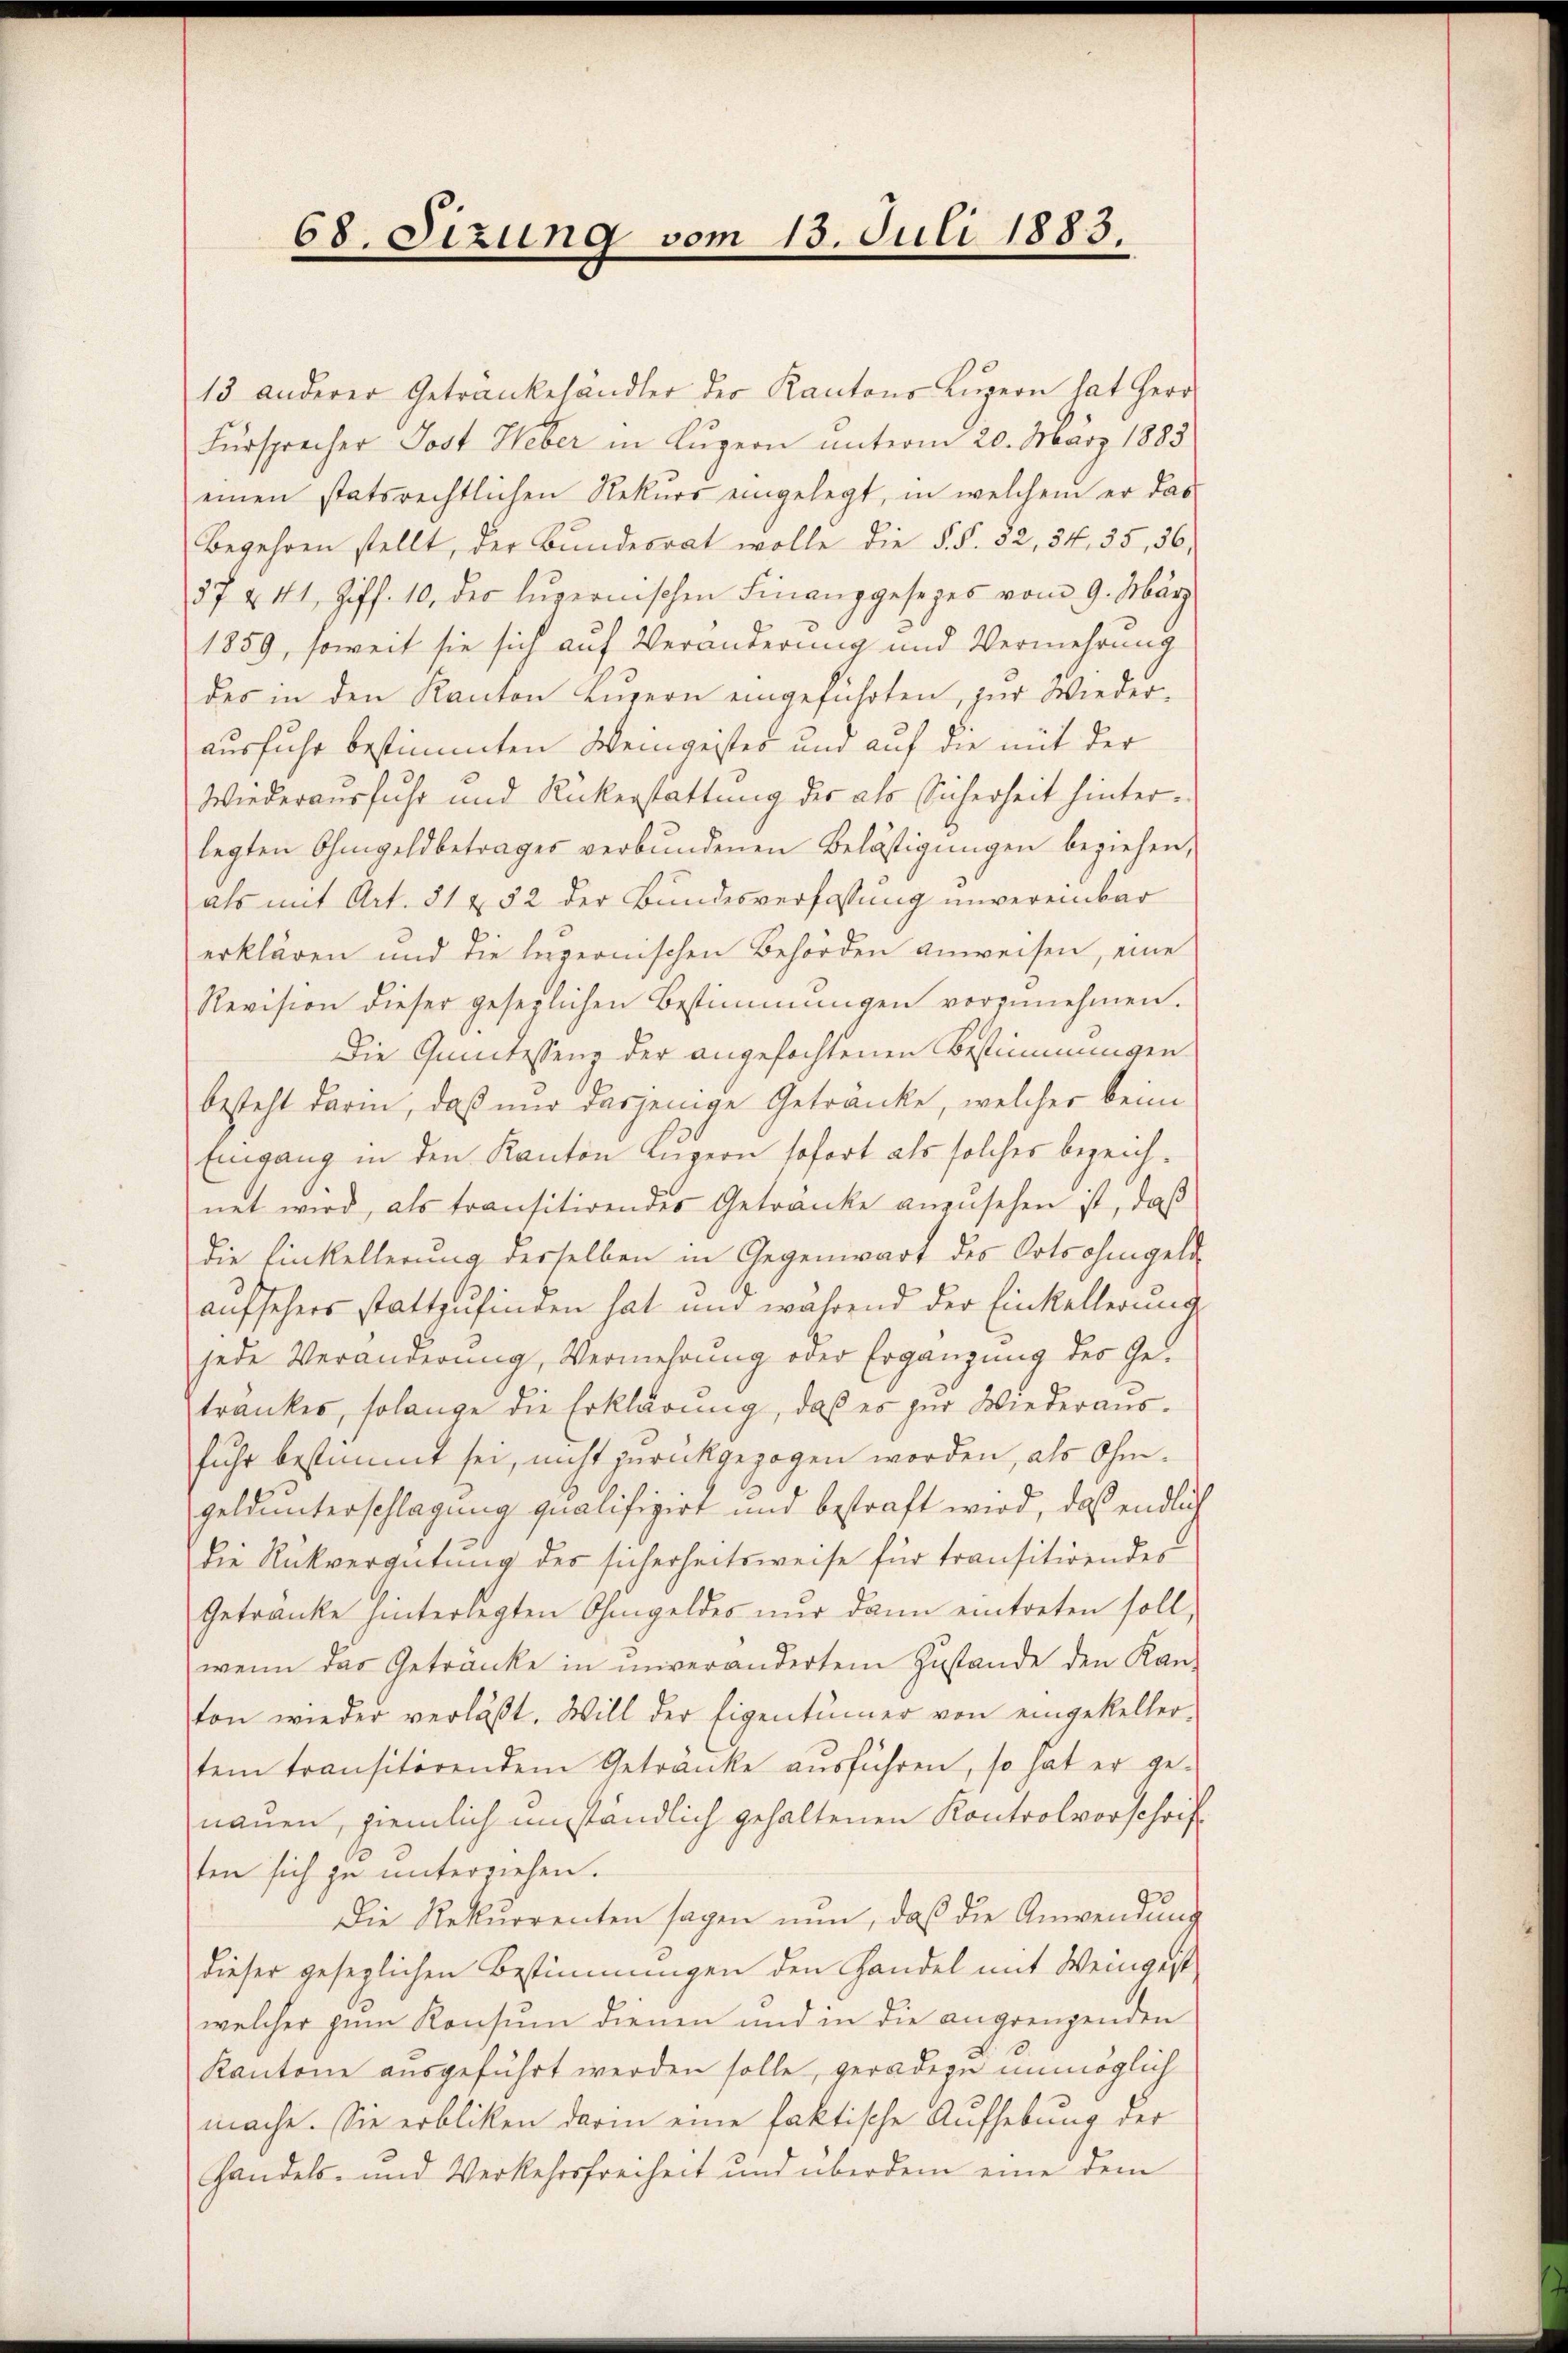
68. Sizung vom 13. Juli 1883.

13 anderer Getrankehändler der Kantons Lŭzern hat Herr
Fürsprecher Jost Heber in Luzern unterm 20. März 1883
einen statsrechtlichen Rekŭrs eingelegt, in welchem er das
Begehren stellt, der Bundesrat wolle die §. §. 82, 34, 35, 36,
37 & 41 Ziff. 10. der lŭpernischen Finanzgesezes vom 9. März
1859, soweit sie sich auf Veränderung und Vermehrung
des in den Kanton Luzern eingeführten, zur Wieder-
ausfuhr bestimmten Weingeistes und auf die mit der
Wiederausfuhr und Rückerstattung der als Sicherheit hinterlegten Ohmgeldbetrages verbundenen Belästigungen beziehen,
als mit Art. 31 § 52 der Bundesverfassung unvereinbar
erklären und die legernischen Behörden anweisen, eine
Revision dieser gesezlichen Bestimmungen vorzŭnehmen.
Die Quictessene der angefochtenen Bestimmungen
besteht darin, daß nur dasjenige Getränke, welcher kein
Eingang in den Kanton Luzern sofort als solches bezeichnet wird, als transitirendes Getränke anzŭsehen ist, daß
die Einkellerung derselben in Gegenwart des Ortsohingeld
aufsehers stattzufinden hat und während der Einkellerung
jede Veränderung, Vermehrung oder Ergänzung des Getrankes, solange die Erklärung, daß es zur Wiederaus-
fuhr bestimmt sei, nicht zurückgezogen worden, als Ohmgeldunterschlagung qualifizirt und bestraft wird, daß endlich
Die Rückvergütung des sicherheitsweise für transitirendes
Getränke hinterlegten Ohmgeldes nŭr dann eintreten soll,
wenn das Getränke in unverändertem Zustande den Kan-
ton wieder verlaβt. Will der Eigentümer von eingekeller-
tem transitörendem Getränke ausführen, so hat er ge-
nauen, ziemlich umständlich gehaltenen Kontrolvorschrift
ten sich zu unterziehen.
Die Rekurrenten sagen nun, daß die Anwendung
dieser geseglichen Bestimmungen den Handel mit Weingeist
welcher zum Konsum dienen und in die angrenzenden
Kantone ausgeführt werden solle, geradezu unmöglich
mache. Sie erblicken darin eine faktische Aufhebung der
Handels- und Verkehrsfreiheit und überdem eine dem